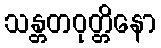
သန္တတဝုတ္တိနော